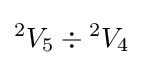
{}^{2}V_{5}\div {}^{2}V_{4}